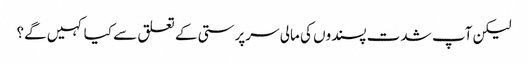
لیکن آپ شدت پسندوں کی مالی سرپرستی کے تعلق سے کیا کہیں گے؟